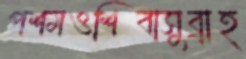
পশমওশিবাসুব্রাহ্